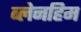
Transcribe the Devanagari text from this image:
ब्लेनहिम